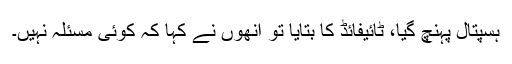
ہسپتال پہنچ گیا، ٹائیفائڈ کا بتایا تو انھوں نے کہا کہ کوئی مسئلہ نہیں۔